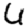
Digit: 6